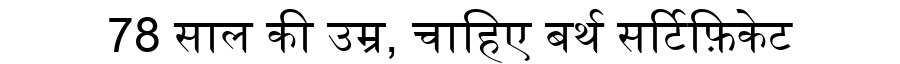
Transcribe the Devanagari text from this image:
78 साल की उम्र, चाहिए बर्थ सर्टिफ़िकेट